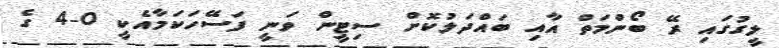
ލީގުގައި ރޭ ބޯންމަތް އާއި ބައްދަލުކޮށް ސިޓީން ވަނީ ފަސޭހަކަމާއެކީ 0-4 ގެ